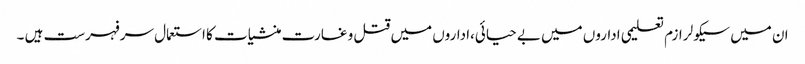
ان میں سیکولر ازم تعلیمی اداروں میں بے حیائی،اداروں میں قتل و غارت منشیات کا استعمال سرفہرست ہیں ۔